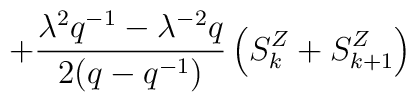
+ \frac {{\lambda}^2 q^{-1} - {\lambda}^{-2}q}{2 (q - q^{-1}) }\left( S^Z_k +S^Z_{k + 1} \right)\\